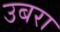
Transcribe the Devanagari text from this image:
उबरा